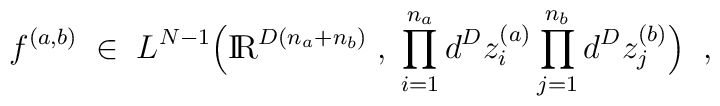
f^{(a,b)} \; \in \; L^{N-1}\Big( \mbox{I\hspace{-0.62mm}R}^{D ( n_a + n_b)} \; , \;\prod_{i=1}^{n_a}d^Dz_i^{(a)} \prod_{j=1}^{n_b} d^Dz_j^{(b)} \Big) \; \; ,